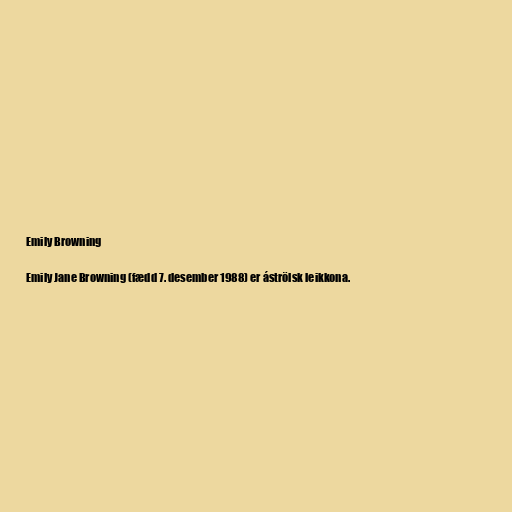
Emily Browning

Emily Jane Browning (fædd 7. desember 1988) er áströlsk leikkona.